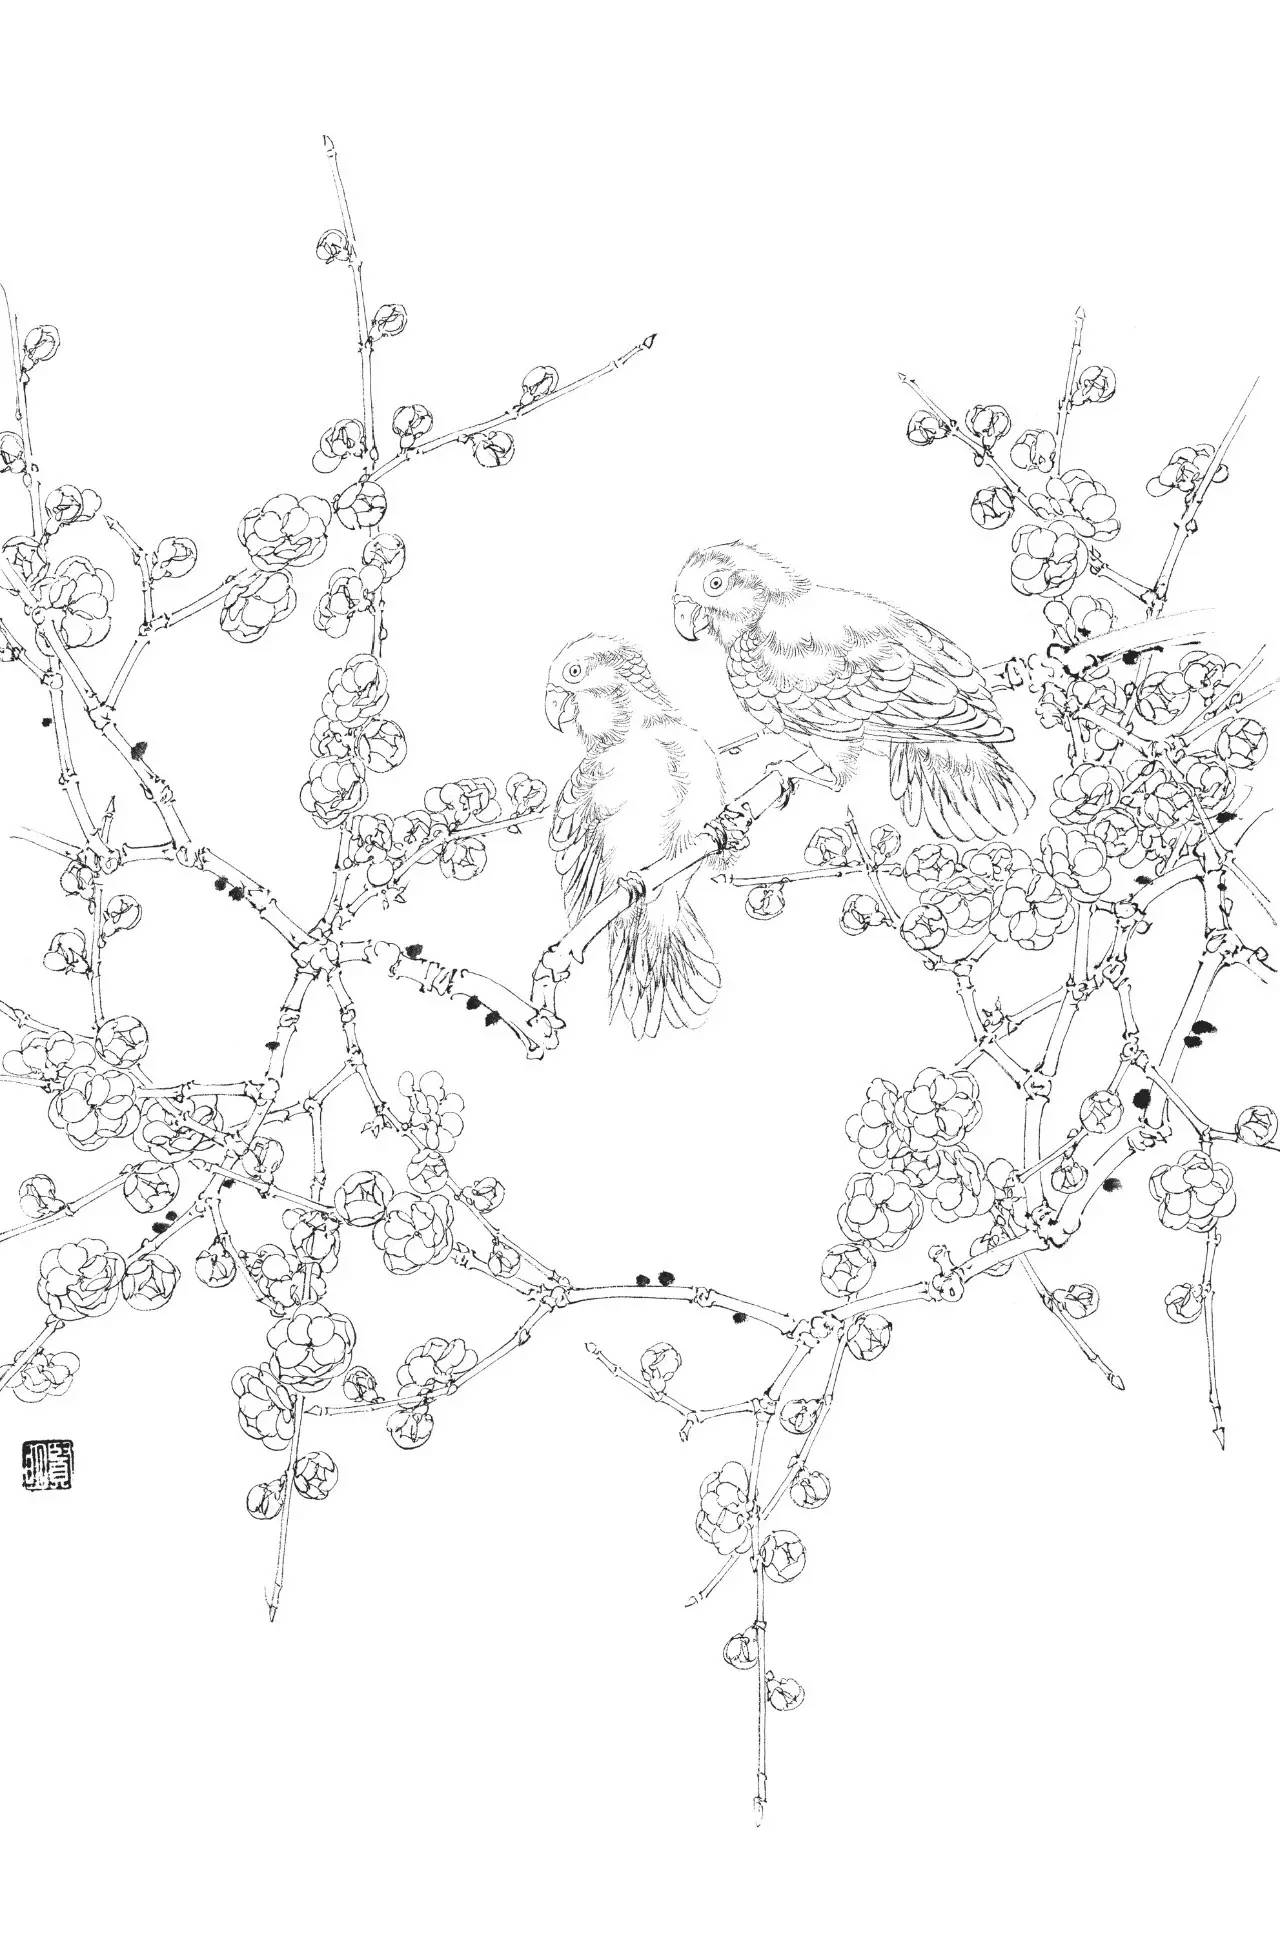
可有梅花寄一枝？雪来翠羽飞。